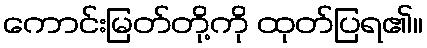
ကောင်းမြတ်တို့ကို ထုတ်ပြရ၏။